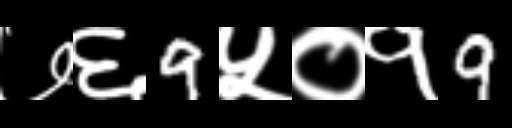
Text: ७६9५०१9